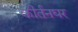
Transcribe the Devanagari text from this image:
कीर्तनघर